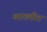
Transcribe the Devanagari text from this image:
व्याख्यीत